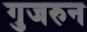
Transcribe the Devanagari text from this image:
गुजरुन